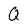
Character: Q